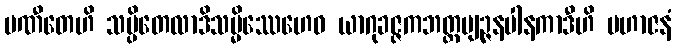
ပဏီတေဟိ သပ္ပိတေလာဒိသမ္မိဿေဟေဝ ယာဂုခဇ္ဇကဘတ္တဗျဉ္ဇနပါနကာဒီဟိ မဟာဇနံ